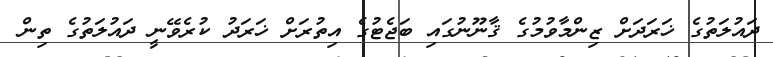
ދައުލަތުގެ ޚަރަދަށް ޒިންމާވުމުގެ ޤާނޫނުގައި ބަޖެޓުގެ އިތުރަށް ޚަރަދު ކުރެވޭނީ ދައުލަތުގެ ތިން